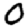
Digit: 0